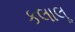
કલાલૂ